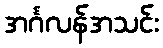
အင်္ဂလန်အသင်း